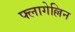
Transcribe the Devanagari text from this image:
फ्लागेल्लिन